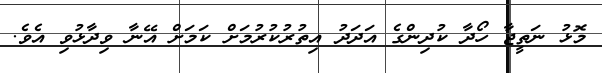
މޮޅު ނަތީޖާ ހޯދާ ކުދިންގެ އަދަދު އިތުރުކުރުމަށް ކަމަށް އޭނާ ވިދާޅުވި އެވެ.